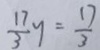
\frac { 1 7 } { 3 } y = \frac { 1 7 } { 3 }